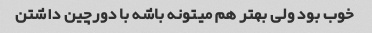
خوب بود ولی بهتر هم میتونه باشه با دورچین داشتن